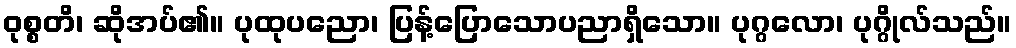
ဝုစ္စတိ၊ ဆိုအပ်၏။ ပုထုပညော၊ ပြန့်ပြောသောပညာရှိသော။ ပုဂ္ဂလော၊ ပုဂ္ဂိုလ်သည်။